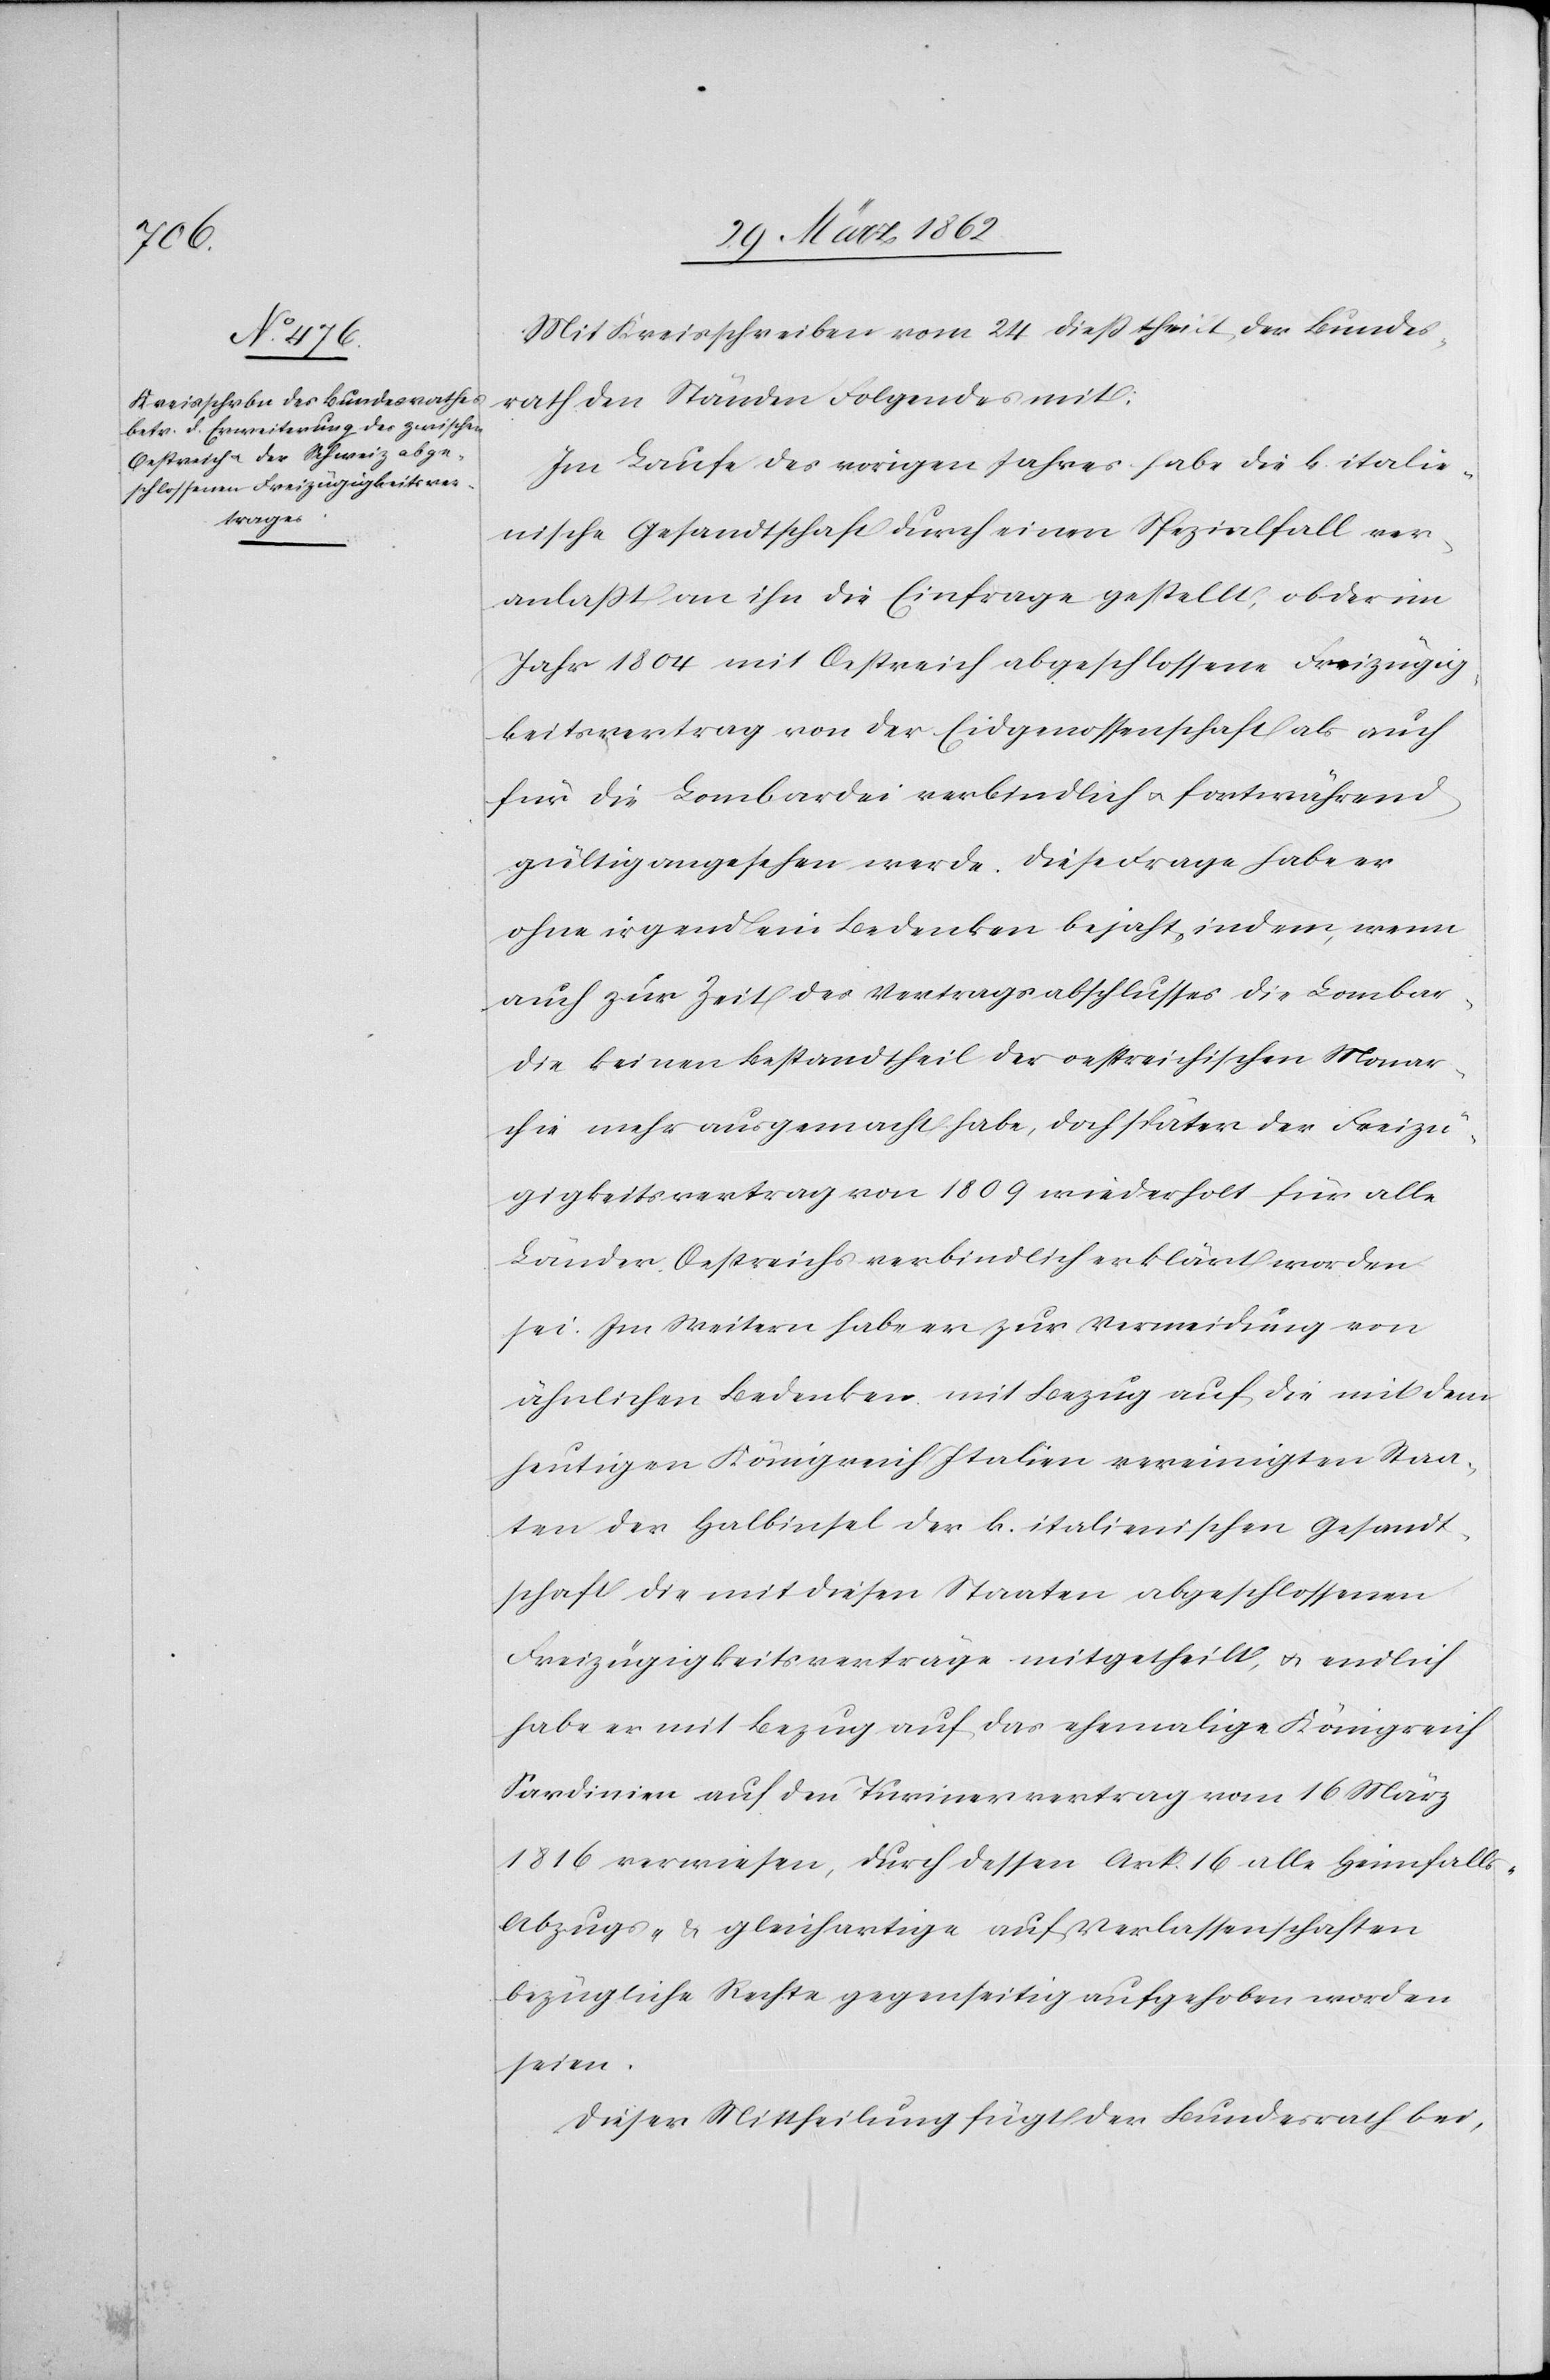
Mit Kreisschreiben vom 24 dieß theilt der Bundes¬
rath den Ständen Folgendes mit:
Im Laufe des vorigen Jahres habe die k. italie¬
nische Gesandtschaft durch einen Spezialfall ver¬
anlaßt an ihn die Einfrage gestellt, ob der im
Jahr 1804 mit Oestreich abgeschlossene Freizügig¬
keitsvertrag von der Eidgenossenschaft als auch
für die Lombardei verbindlich u. fortwährend
gültig angesehen werde. Diese Frage habe er
ohne irgend ein Bedenken bejaht, indem, wenn
auch zur Zeit des Vertragsabschlusses die Lombar¬
dei keinen Bestandtheil der oestreichischen Monar¬
chie mehr ausgemacht habe, doch später der Freizü¬
gigkeitsvertrag von 1809 wiederholt für alle
Länder Oestreichs verbindlich erklärt worden
sei. Im Weitern habe er zur Vermeidung von
ähnlichen Bedenken mit Bezug auf die mit dem
heutigen Königreich Italien vereinigten Staa¬
ten der Halbinsel der k. italienischen Gesandt¬
schaft die mit diesen Staaten abgeschlossenen
Freizügigkeitsverträge mitgetheilt, u. endlich
habe er mit Bezug auf das ehemalige Königreich
Sardinien auf den Turinervertrag vom 16 März
1816 verwiesen, durch dessen Art. 16 alle Heimfalls-
Abzugs- & gleichartige auf Verlassenschaften
bezügliche Rechte gegenseitig aufgehoben worden
seien.
Dieser Mittheilung fügt der Bundesrath bei,